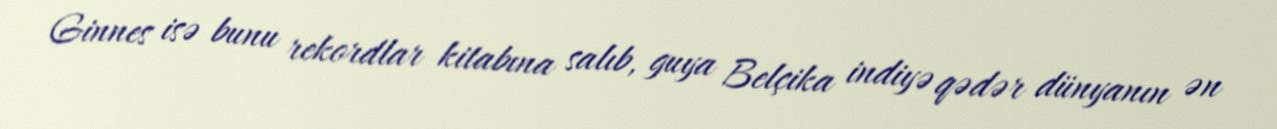
Ginnes isə bunu rekordlar kitabına salıb, guya Belçika indiyə qədər dünyanın ən